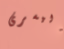
اليسرى